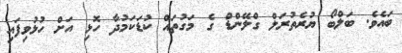
ބައެވެ. ބަލްބޯ ޔުރެތުރަލް ގްލޭންޑް ގެ މަގުތައް ކުޑަކަމުދާ ހޮޅި އަށް ހުޅުވިފައި